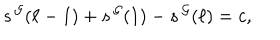
LaTeX: s ^ { \, \cal G } ( \ell - 1 ) + s ^ { \, \cal G } ( 1 ) - s ^ { \, \cal G } ( \ell ) = c ,